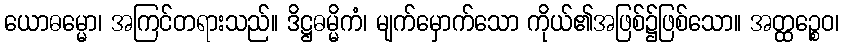
ယောဓမ္မော၊ အကြင်တရားသည်။ ဒိဋ္ဌဓမ္မိကံ၊ မျက်မှောက်သော ကိုယ်၏အဖြစ်၌ဖြစ်သော။ အတ္ထဉ္စေဝ၊